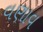
વણાવ